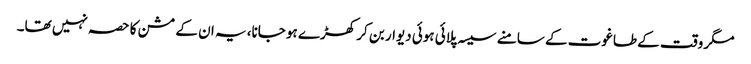
مگر وقت کے طاغوت کے سامنے سیسہ پلائی ہوئی دیوار بن کر کھڑے ہو جانا، یہ ان کے مشن کا حصہ نہیں تھا۔